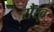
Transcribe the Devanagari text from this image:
रौरवं